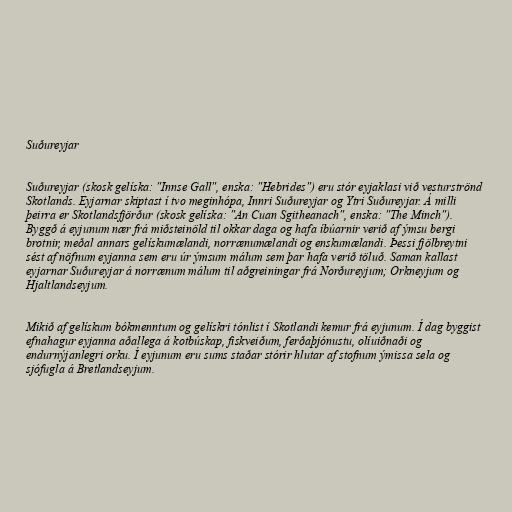
Suðureyjar

Suðureyjar (skosk gelíska: "Innse Gall", enska: "Hebrides") eru stór eyjaklasi við vesturströnd
Skotlands. Eyjarnar skiptast í tvo meginhópa, Innri Suðureyjar og Ytri Suðureyjar. Á milli
þeirra er Skotlandsfjörður (skosk gelíska: "An Cuan Sgitheanach", enska: "The Minch").
Byggð á eyjunum nær frá miðsteinöld til okkar daga og hafa íbúarnir verið af ýmsu bergi
brotnir, meðal annars gelískumælandi, norrænumælandi og enskumælandi. Þessi fjölbreytni
sést af nöfnum eyjanna sem eru úr ýmsum málum sem þar hafa verið töluð. Saman kallast
eyjarnar Suðureyjar á norrænum málum til aðgreiningar frá Norðureyjum; Orkneyjum og
Hjaltlandseyjum.

Mikið af gelískum bókmenntum og gelískri tónlist í Skotlandi kemur frá eyjunum. Í dag byggist
efnahagur eyjanna aðallega á kotbúskap, fiskveiðum, ferðaþjónustu, olíuiðnaði og
endurnýjanlegri orku. Í eyjunum eru sums staðar stórir hlutar af stofnum ýmissa sela og
sjófugla á Bretlandseyjum.